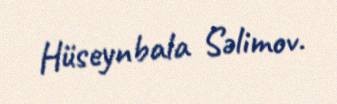
Hüseynbala Səlimov.